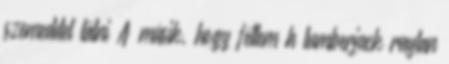
szemeddel látni A másik, hogy féltem h lumberjack raylan